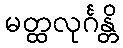
မတ္ထလုင်္ဂန္တိ